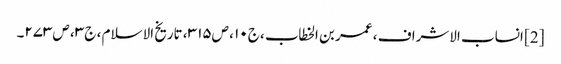
[2] انساب الاشراف ، عمر بن الخطاب ، ج۱۰ ، ص۳۱۵ ، تاریخ الاسلام ، ج۳ ، ص۲۷۳۔